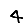
Digit: 4